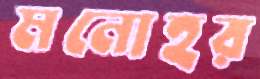
মনোহর